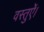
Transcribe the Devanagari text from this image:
वस्तुऐं।